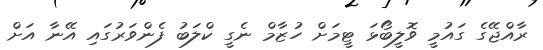
ރާއްޖޭގެ ގައުމީ ވޮލީބޯޅަ ޓީމަށް ހުޒާމް ނެގީ ކްލަބު ފެންވަރުގައި އޭނާ އަށް